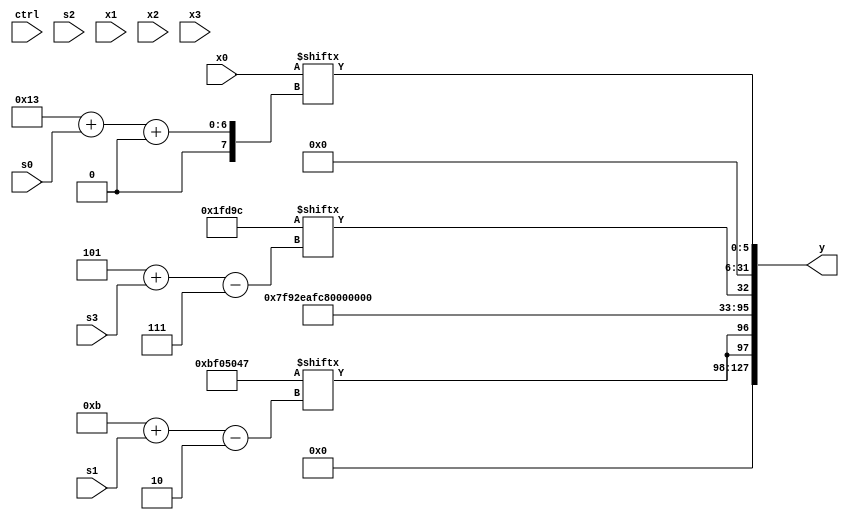
module partsel_00698(ctrl, s0, s1, s2, s3, x0, x1, x2, x3, y);
  input [3:0] ctrl;
  input [2:0] s0;
  input [2:0] s1;
  input [2:0] s2;
  input [2:0] s3;
  input signed [31:0] x0;
  input signed [31:0] x1;
  input signed [31:0] x2;
  input signed [31:0] x3;
  wire [1:28] x4;
  wire signed [27:1] x5;
  wire [25:7] x6;
  wire [29:1] x7;
  wire signed [2:27] x8;
  wire [30:6] x9;
  wire signed [27:7] x10;
  wire [7:31] x11;
  wire [3:26] x12;
  wire [24:0] x13;
  wire [5:29] x14;
  wire [0:24] x15;
  output [127:0] y;
  wire [31:0] y0;
  wire signed [31:0] y1;
  wire [31:0] y2;
  wire signed [31:0] y3;
  assign y = {y0,y1,y2,y3};
  localparam [27:7] p0 = 620887452;
  localparam signed [4:30] p1 = 115984101;
  localparam signed [5:30] p2 = 187028985;
  localparam [29:2] p3 = 737169479;
  assign x4 = x0[5 + s3];
  assign x5 = x1[7 + s1];
  assign x6 = (ctrl[0] || ctrl[0] && !ctrl[3] ? p3 : p2[1 + s1 -: 4]);
  assign x7 = x4[19 +: 1];
  assign x8 = x7[18 +: 2];
  assign x9 = {2{(x0[14 + s1 +: 5] ^ x2[17 -: 3])}};
  assign x10 = (p1[14 -: 4] + (p0 + (ctrl[1] && !ctrl[2] || !ctrl[0] ? {2{((p2[1 + s3 -: 7] | x5[28 + s3 -: 4]) - (p2 & x7[13]))}} : p0[14 -: 2])));
  assign x11 = (x0[4 + s0 +: 6] ^ {2{p2[13 -: 2]}});
  assign x12 = x11[3 + s2 -: 2];
  assign x13 = {2{({x6[18 +: 1], x7} & x8[12 -: 1])}};
  assign x14 = p0[15 +: 1];
  assign x15 = p1[27 + s0 -: 7];
  assign y0 = {2{p3[11 + s1]}};
  assign y1 = p2;
  assign y2 = p0[5 + s3];
  assign y3 = x0[19 + s0 +: 6];
endmodule